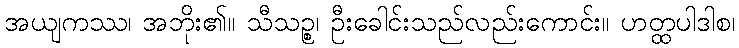
အယျကဿ၊ အဘိုး၏။ သီသဉ္စ၊ ဦးခေါင်းသည်လည်းကောင်း။ ဟတ္ထပါဒါစ၊